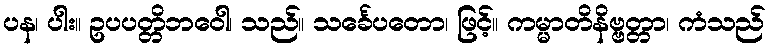
ပန၊ ပါး။ ဥပပတ္တိဘဝေါ၊ သည်။ သင်္ခေပတော၊ ဖြင့်။ ကမ္မာတိနိဗ္ဗတ္တာ၊ ကံသည်